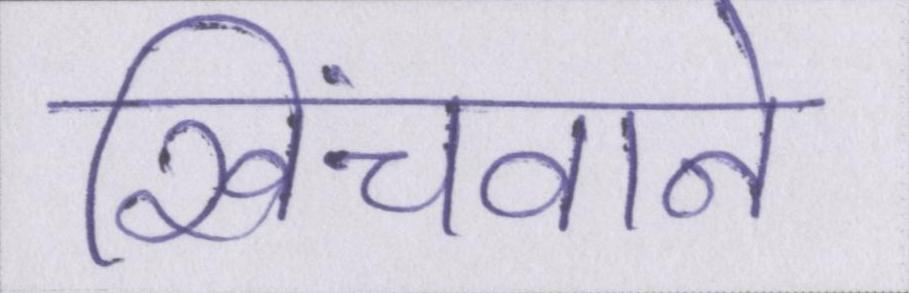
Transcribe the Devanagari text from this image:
खिंचवाने